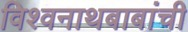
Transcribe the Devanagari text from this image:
विश्वनाथबाबांची